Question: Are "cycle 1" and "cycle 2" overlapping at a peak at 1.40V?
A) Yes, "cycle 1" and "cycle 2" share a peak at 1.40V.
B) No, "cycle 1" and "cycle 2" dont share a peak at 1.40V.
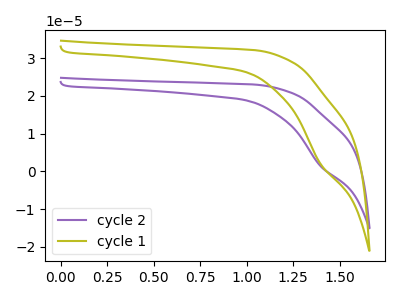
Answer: <think>The purple curve "cycle 2" has a cathodic peak at: (1.40V, 1.45uA). The olive curve "cycle 1" has a cathodic peak at: (1.40V, 2.00uA).</think>
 <answer>A) Yes, "cycle 1" and "cycle 2" share a peak at 1.40V.</answer>
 <eval>A</eval>